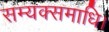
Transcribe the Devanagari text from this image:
सम्यक्समाधि।